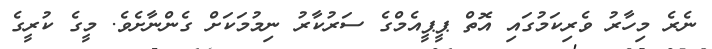
ނެރެ މިހާރު ވެރިކަމުގައި އޮތް ޕީޕީއެމްގެ ސަރުކާރު ނިމުމަކަށް ގެންނާށެވެ. މީގެ ކުރީގެ